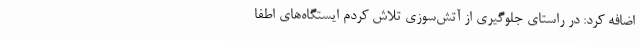
اضافه کرد: در راستای جلوگیری از آتش‌سوزی تلاش کردم ایستگاه‌های اطفا